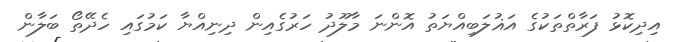
އިދިކޮޅު ފަރާތްތަކުގެ އަޣުލަބިއްޔަތު އޮންނަ މާލޫދު ހަރުގެއިން ދިނިއްޔާ ކަމުގައި ހެދޭތޯ ބަލާން